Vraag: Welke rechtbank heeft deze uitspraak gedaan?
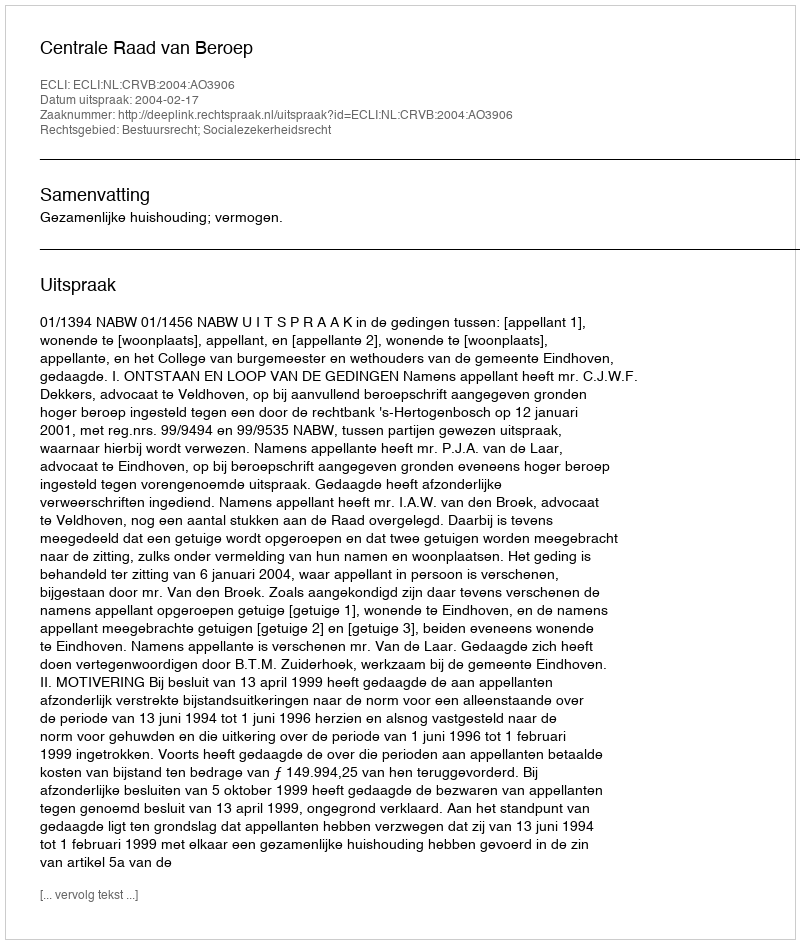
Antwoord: Centrale Raad van Beroep